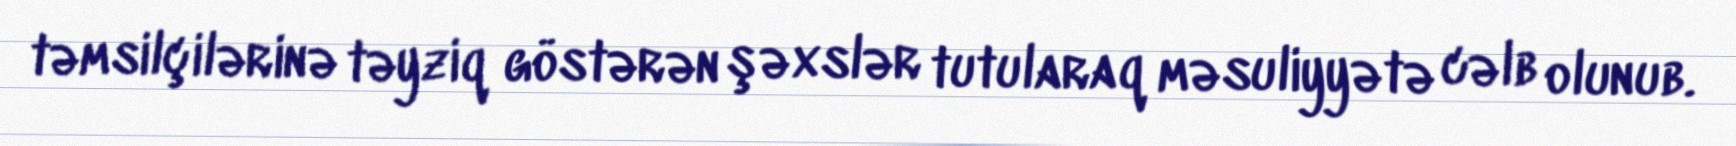
təmsilçilərinə təyziq göstərən şəxslər tutularaq məsuliyyətə cəlb olunub.